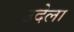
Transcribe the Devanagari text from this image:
उदेला